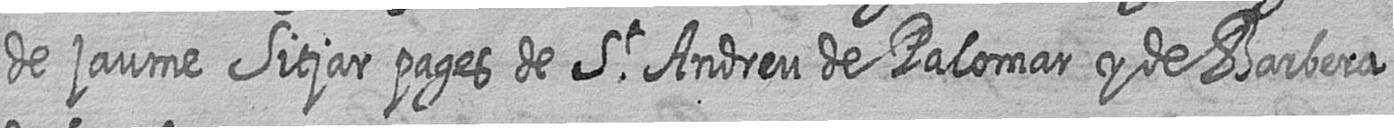
de jaume Sitjar pages de St Andreu de Palomar y de Barbera